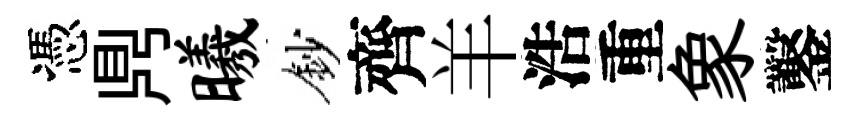
憑𪔂曦鈔齊羊浩重象鑿